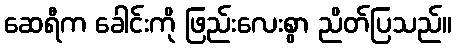
ဆေရီက ခေါင်းကို ဖြည်းလေးစွာ ညိတ်ပြသည်။